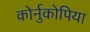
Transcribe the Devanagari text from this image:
कोर्नुकोपिया